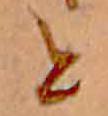
と